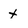
Character: x